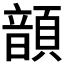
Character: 𩐳